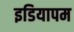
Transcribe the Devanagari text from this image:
इडियापम